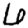
Digit: 6